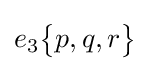
e_{3}{\begin{Bmatrix}p,q,r\end{Bmatrix}}